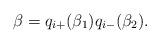
LaTeX: \begin{align*}\beta= q_{i+}(\beta_1) q_{i-}(\beta_2).\end{align*}